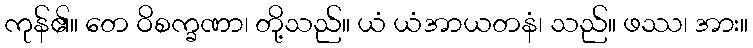
ကုန်၏။ တေ ဝိစက္ခဏာ၊ တို့သည်။ ယံ ယံအာယတနံ၊ သည်။ ဖဿ၊ အား။